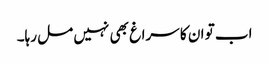
اب تو ان کا سراغ بھی نہیں مل رہا۔